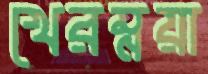
খেরম্নয়া